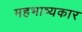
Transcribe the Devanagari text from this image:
महभाष्यकार